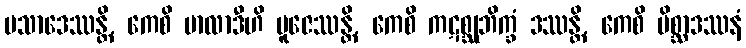
ပသာဒေဿန္တိ, ကေစိ မာလာဒီဟိ ပူဇေဿန္တိ, ကေစိ ကဋစ္ဆုဘိက္ခံ ဒဿန္တိ, ကေစိ မိစ္ဆာဒဿနံ